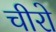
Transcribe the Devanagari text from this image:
चीरो